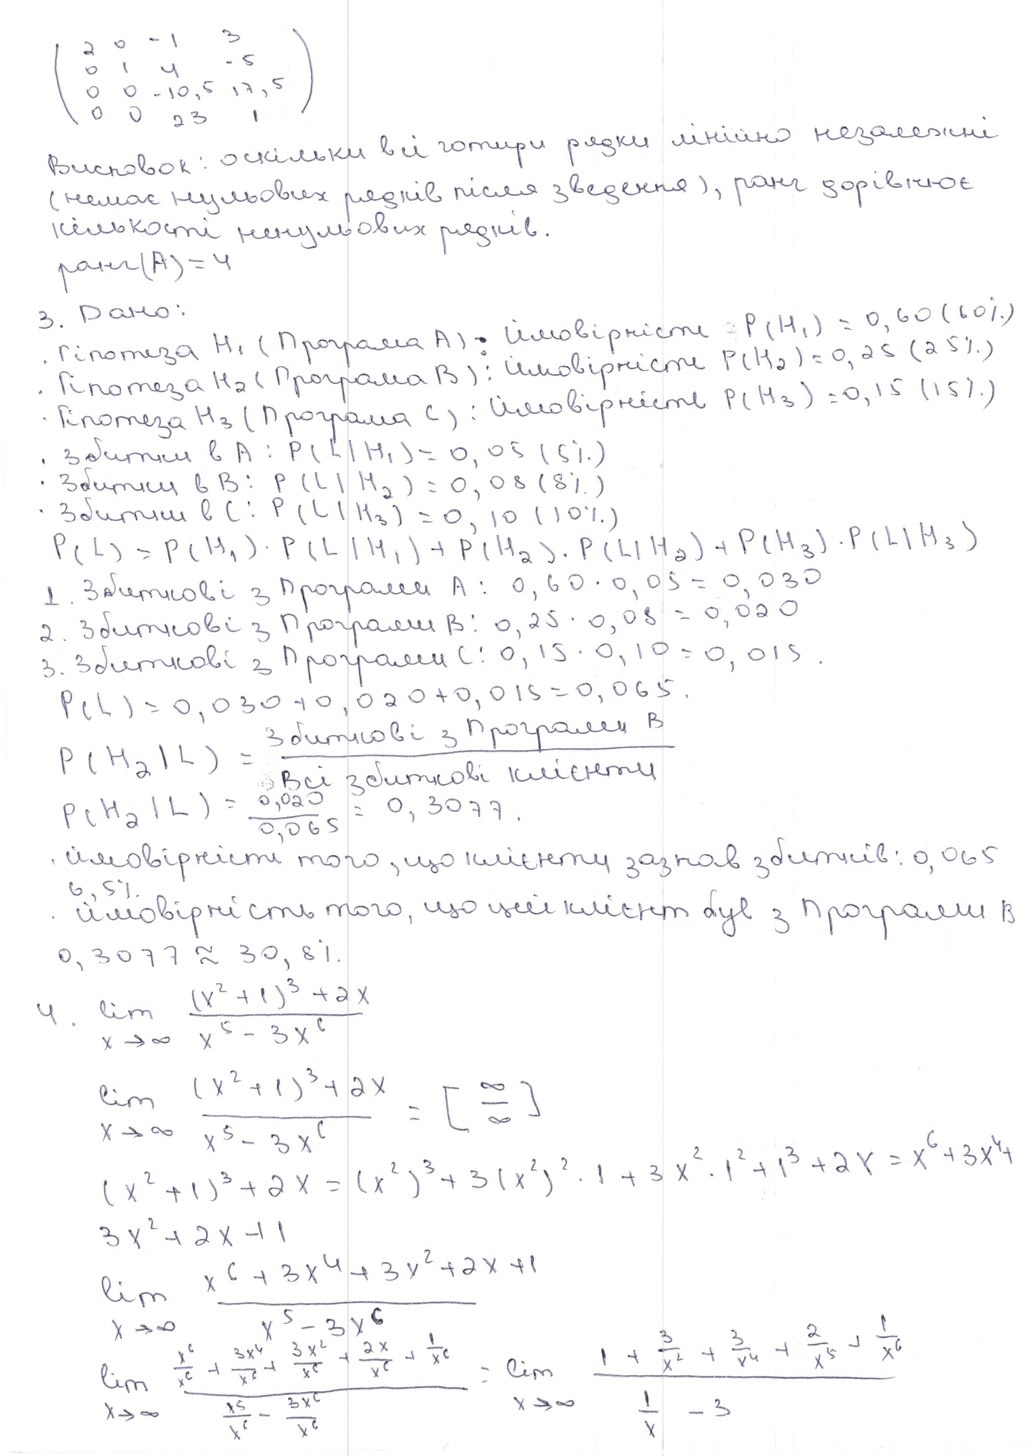
\begin{pmatrix} 2 & 0 & -1 & 3 \\ 0 & 1 & 4 & -5 \\ 0 & 0 & -10,5 & 17,5 \\ 0 & 0 & 23 & 1 \end{pmatrix}
Висновок: оскільки всі чотири рядки лінійно незалежні
(немає нульових рядків після зведення), ранг дорівнює
кількості ненульових рядків.
ранг (A) = 4
3. Дано:
· Гіпотеза H1 (Програма A): ймовірність P(H1) = 0.60 (60%)
· Гіпотеза H2 (Програма B): ймовірність P(H2) = 0,25 (25%)
· Гіпотеза H3 (Програма С): ймовірність P(H3) = 0,15 (15%)
· Збитки в А: P(L|H1) = 0,05 (5%)
· Збитки в В: P(L|H2) = 0,08 (8%)
· Збитки в А: P(L|H3) = 0,10 (10%)
P(L) = P(H_1) · P(L | H_1) + P(H_2) · P(L | H_2) + P(H_3) · P(L | H_3)
1. Збиткові з програми А: 0,60 · 0,05 = 0,030
2. Збиткові з програми B: 0,25 · 0,08 = 0,020
3. Збиткові з програми С: 0,15 · 0,10 = 0,015
P(L) = 0,030 + 0,020 + 0,015 = 0,065.
P(H_2|L) = Збиткові з програми В/ Всі збиткові клієнти
P(H_2 | L) = 0,020 / 0,065 = 0,3077.
· ймовірності того, що клієнти зазнав збитків: 0,065
6,5%
· ймовірність того, що цей клієнт був з програми В
0,3077 ≈ 30,8%.
4. \lim_{x \to \infty} \frac{(x^2 + 1)^3 + 2x}{x^5 - 3x^6}
\lim_{x \to \infty} \frac{(x^2 + 1)^3 + 2x}{x^5 - 3x^6} = [\frac{\infty}{\infty}]
(x^2 + 1)^3 + 2x = (x^2)^3 + 3(x^2)^2 · 1 + 3x^2 · 1^2 + 1^3 +2x = x^6 + 3x^4 +
3x^2 + 2x + 1
lim_{x \to \infty} \frac{x^6 + 3x^4 + 3x^2 + 2x + 1}{x^5 - 3x^6}
\lim_{x \to \infty} \frac{\frac{x^6}{x^6} + \frac{3x^4}{x^6} + \frac{3x^2}{x^6} + \frac{2x}{x^6} + \frac{1}{x^6}}{\frac{x^5}{x^6} - \frac{3x^6}{x^6}} = \lim_{x \to \infty} \frac{1 + \frac{3}{x^2} + \frac{3}{x^4} + \frac{2}{x^5} + \frac{1}{x^6}}{\frac{1}{x} - 3}